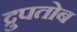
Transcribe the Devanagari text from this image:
द्रुपतोब